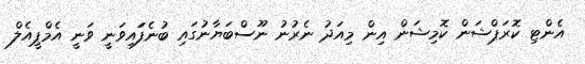
އެންޓި ކޮރަޕްޝަން ކޮމިޝަން އިން މިއަދު ނެރުނު ނޫސްބަޔާނުގައި ބުނެފަައިވަނީ ވަނީ އެމްޕީއެލް